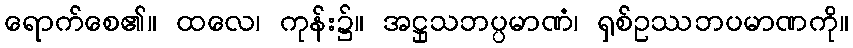
ရောက်စေ၏။ ထလေ၊ ကုန်း၌။ အဋ္ဌုသဘပ္ပမာဏံ၊ ရှစ်ဥဿဘပမာဏကို။